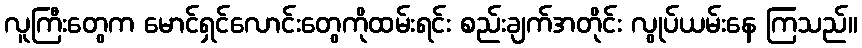
လူကြီးတွေက မောင်ရှင်လောင်းတွေကိုထမ်းရင်း စည်းချက်အတိုင်း လွုပ်ယမ်းနေ ကြသည်။